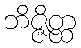
ဘိဇ္ဇိတ္ထ